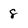
Character: 8